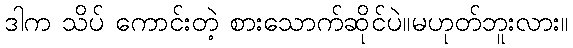
ဒါက သိပ် ကောင်းတဲ့ စားသောက်ဆိုင်ပဲ။မဟုတ်ဘူးလား။